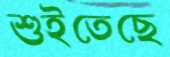
শুইতেছে